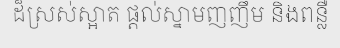
ដ៏ស្រស់ស្អាត ផ្តល់ស្នាមញញឹម និងពន្លឺ